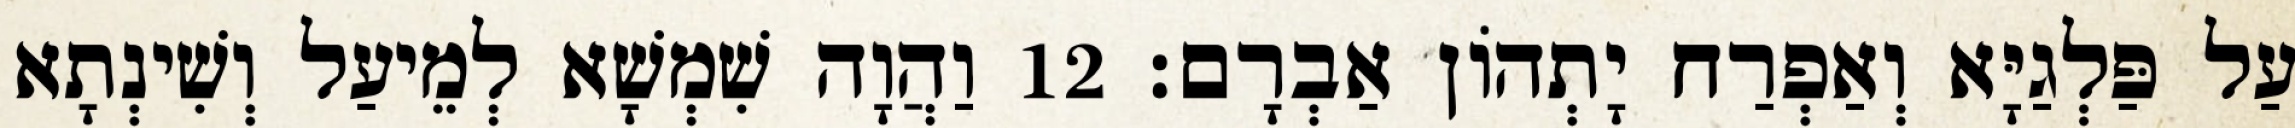
עַל פַּלְגַיָּא וְאַפְרַח יָתְהוֹן אַבְרָם׃ 12 וַהֲוָה שִׁמְשָׁא לְמֵיעַל וְשִׁינְתָא